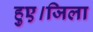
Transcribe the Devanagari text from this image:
हुए।जिला